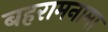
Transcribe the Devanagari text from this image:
बहरामनामा